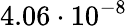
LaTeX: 4.06\cdot 10^{-8}